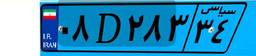
۱۸D۸۲۹۳۵